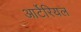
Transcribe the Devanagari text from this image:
आर्टेरियल